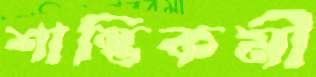
শান্তিকর্মী